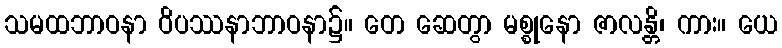
သမထဘာဝနာ ဝိပဿနာဘာဝနာ၌။ တေ ဆေတွာ မစ္စုနော ဇာလန္တိ၊ ကား။ ယေ